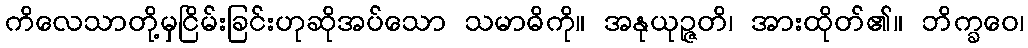
ကိလေသာတို့မှငြိမ်းခြင်းဟုဆိုအပ်သော သမာဓိကို။ အနုယုဉ္ဇတိ၊ အားထိုတ်၏။ ဘိက္ခဝေ၊